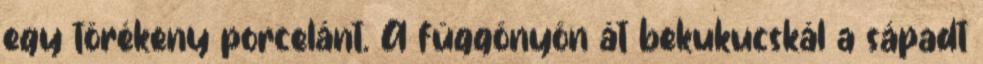
egy törékeny porcelánt. A függönyön át bekukucskál a sápadt